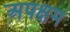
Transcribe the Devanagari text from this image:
अपक्षम